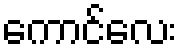
ကောင်လေး